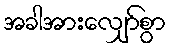
အခါအားလျှော်စွာ